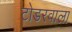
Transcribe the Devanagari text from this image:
टोडरवाला